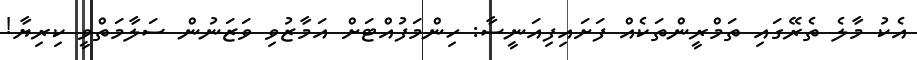
އެކު މާލެ ތެރޭގައި ތަމްރީންތަކެއް ފަށައިފިއަނީސާ: ހިންމަފުއްޓަށް އަމާޒުވި ވަޒަނުން ސަލާމަތްވީ ކިރިޔާ!